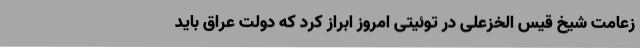
زعامت شیخ قیس الخزعلی در توئیتی امروز ابراز کرد که دولت عراق باید